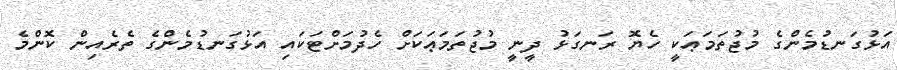
އަޅުގަނޑުމެންގެ މުޖުތަމަޢަކީ ހެޔޮ ރަނގަޅު ދީނީ މުޖުތަމަޢަކަށް ހެދުމަށްޓަކައި އަޅުގަނޑުމެންގެ ތެރެއިން ކޮންމެ